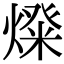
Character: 𤍝